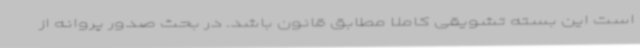
است این بسته تشویقی کاملا مطابق قانون باشد. در بحث صدور پروانه از